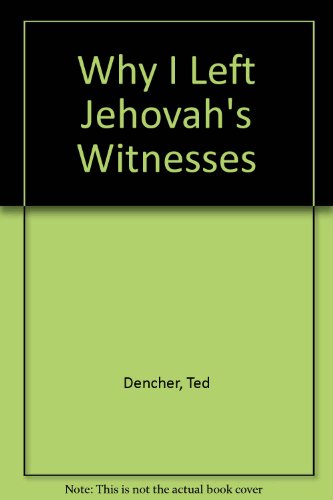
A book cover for Why I Left Jehovah's Witnesses; Ted Dencher; Christian Books & Bibles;